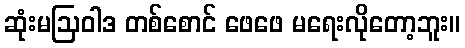
ဆုံးမဩဝါဒ တစ်စောင် ဖေဖေ မရေးလိုတော့ဘူး။